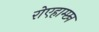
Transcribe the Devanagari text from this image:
रोएहाम्प्टन